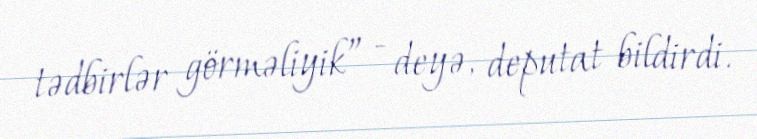
tədbirlər görməliyik” - deyə, deputat bildirdi.